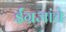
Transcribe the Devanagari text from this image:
ईंग्रजांचे